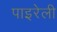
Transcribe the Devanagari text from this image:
पाइरेली